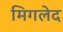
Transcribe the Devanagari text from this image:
मिगलेद